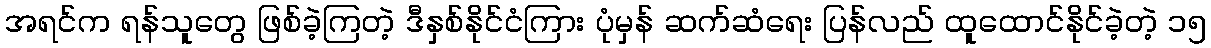
အရင်က ရန်သူတွေ ဖြစ်ခဲ့ကြတဲ့ ဒီနှစ်နိုင်ငံကြား ပုံမှန် ဆက်ဆံရေး ပြန်လည် ထူထောင်နိုင်ခဲ့တဲ့ ၁၅